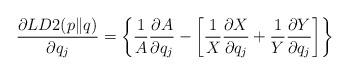
LaTeX: \begin{align*}\frac{\partial LD2(p\|q)}{\partial q_{j}}=\left\lbrace\frac{1}{A}\frac{\partial A}{\partial q_{j}}-\left[\frac{1}{X}\frac{\partial X}{\partial q_{j}}+\frac{1}{Y}\frac{\partial Y}{\partial q_{j}}\right]\right\rbrace \end{align*}